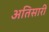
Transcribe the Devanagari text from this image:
अतिसारी